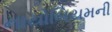
નાયોબિયમની